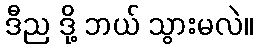
ဒီည ဒို့ ဘယ် သွားမလဲ။